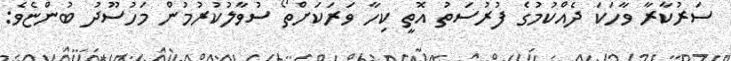
ސަރުކާރާ ވާހަކަ ދެއްކުމުގެ ފުރުސަތު އޮތީ ކިހާ ވަރަކަށްތޯ ސުވާލުކުރުމުން މަހުސޫދު ބުންޏެވެ: